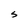
Character: S